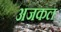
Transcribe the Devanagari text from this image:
अजकल